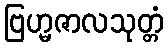
ဗြဟ္မဇာလသုတ္တံ